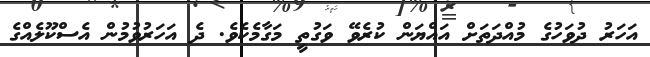
އަހަރު ދުވަހުގެ މުއްދަތަށް އައްޔަން ކުރެވޭ ވަގުތީ މަގާމެކެވެ. ދެ އަހަރުވުމުން އެސްކޫލެއްގެ